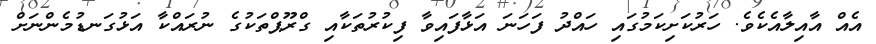
އެއް އާއިލާއެކެވެ. ހަރުކަށިކަމުގައި ހައްދު ފަހަނަ އަޅާފައިވާ ފިކުރުތަކާއި ގްރޫޕްތަކުގެ ނުރައްކާ އަޅުގަނޑުމެންނަށް